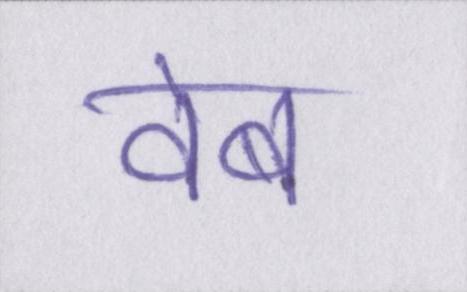
वेब